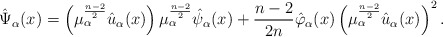
\begin{align*} \hat{\Psi}_\alpha(x) = \left(\mu_\alpha^{\frac{n-2}{2}} \hat{u}_\alpha (x) \right) \mu_\alpha^{\frac{n-2}{2}} \hat{\psi}_\alpha(x) +\frac{n-2}{2n}\hat{\varphi}_\alpha(x) \left(\mu_\alpha ^{\frac{n-2}{2}} \hat{u}_\alpha (x) \right)^2. \end{align*}